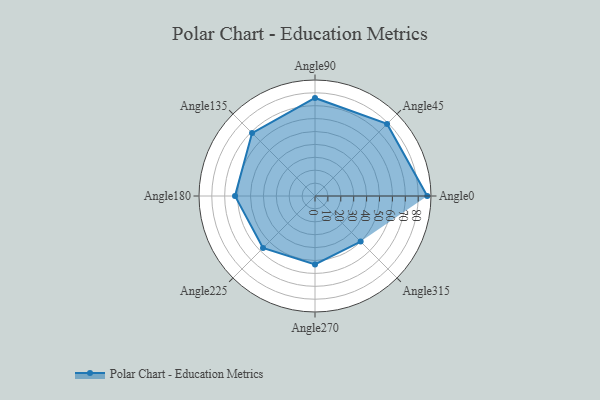
{"axis": {"x": "Angle", "y": "Radius"}, "legend": [""], "data": [{"x": "Angle0", "y": 87.0, "type": ""}, {"x": "Angle45", "y": 79.0, "type": ""}, {"x": "Angle90", "y": 76.0, "type": ""}, {"x": "Angle135", "y": 69.0, "type": ""}, {"x": "Angle180", "y": 62.0, "type": ""}, {"x": "Angle225", "y": 57.0, "type": ""}, {"x": "Angle270", "y": 53.0, "type": ""}, {"x": "Angle315", "y": 50, "type": ""}]}